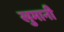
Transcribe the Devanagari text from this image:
खुमानी